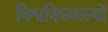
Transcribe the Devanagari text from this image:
विश्वविध्यलयों